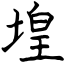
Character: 堭